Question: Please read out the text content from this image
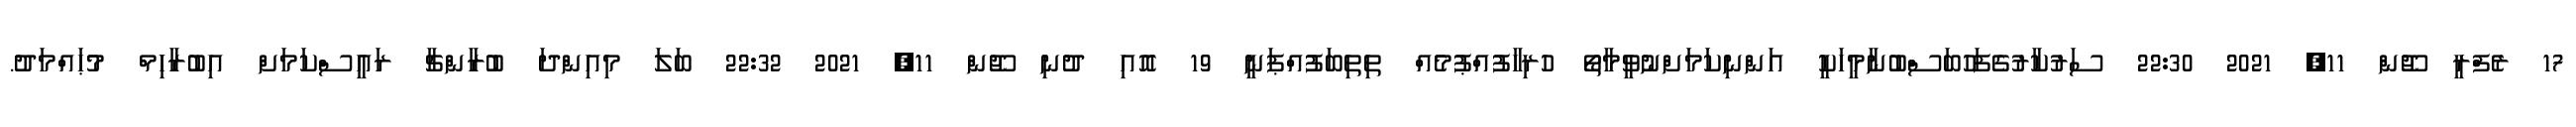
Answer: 17 ރެފްރީ ޖޫން 11, 2021 22:30 ސަރުކާރުގެފަހުބަސްބުނާމީހަކީ އަންނިކަމަށްނުވީމާތޯ ހުރިހާފުއްޕުމެއް ތިތިބަފުއްޕަނީ 19 އޮއި ދުނި ޖޫން 11, 2021 22:32 ބަލަ މިއިންދަ ބުރާންޗާ ރައީސްކަމަށް އިބުރާހިމް މުޙައްމަދު.